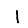
Digit: 1